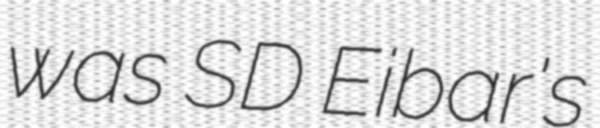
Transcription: was SD Eibar's